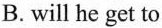
B. will he get to